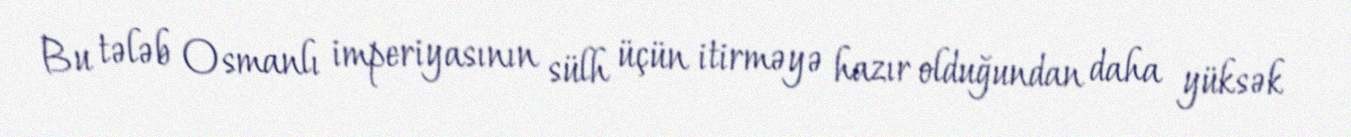
Bu tələb Osmanlı imperiyasının sülh üçün itirməyə hazır olduğundan daha yüksək